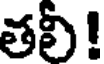
తలీ!